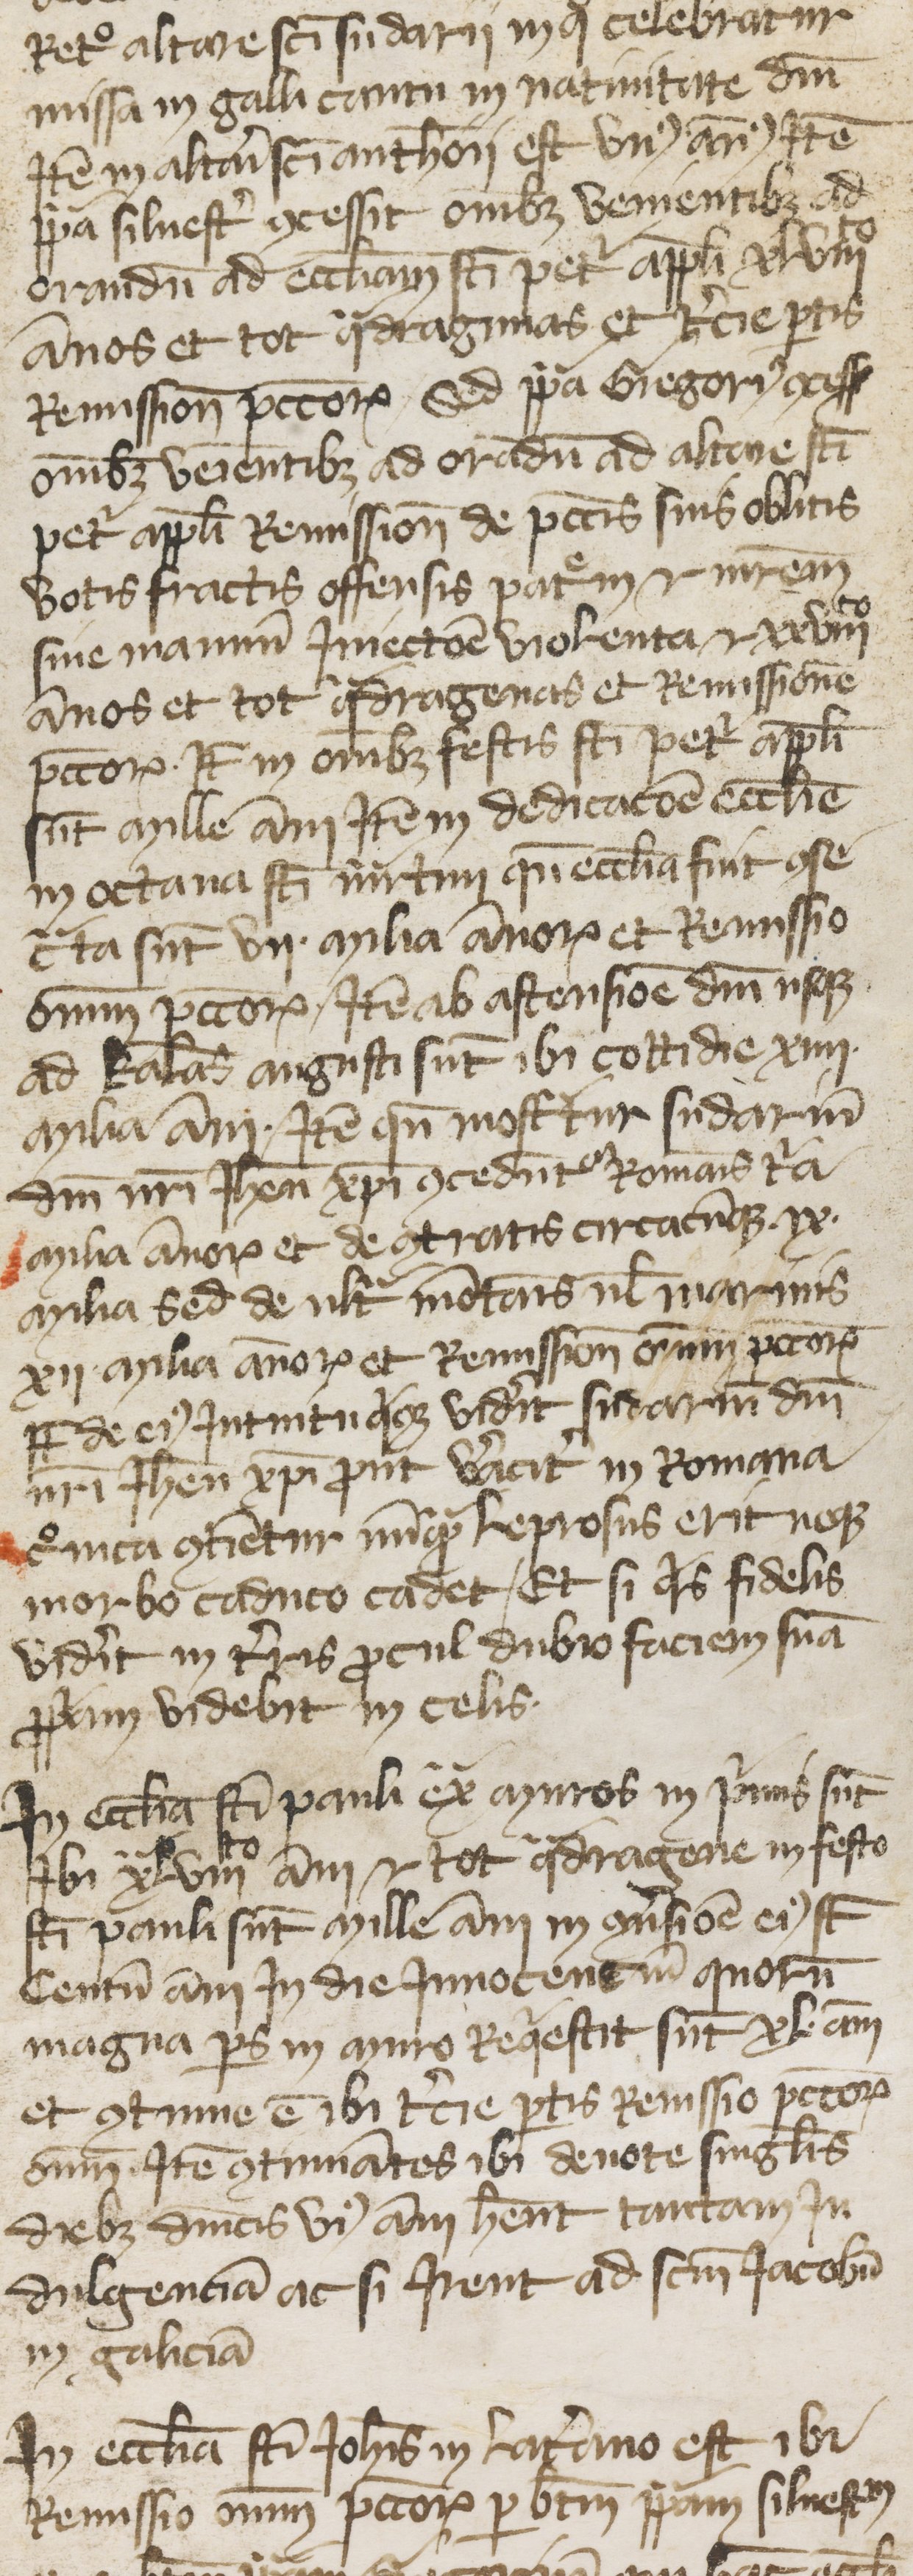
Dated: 1380–1399